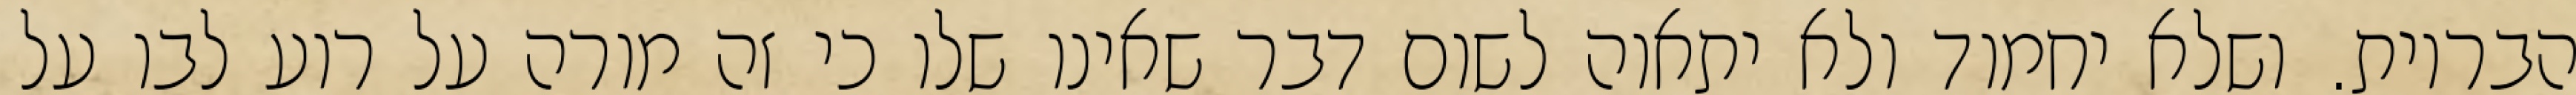
הבריות. ושלא יחמוד ולא יתאוה לשום דבר שאינו שלו כי זה מורה על רוע לבו על